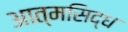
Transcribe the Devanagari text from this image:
आत्मसिद्ध